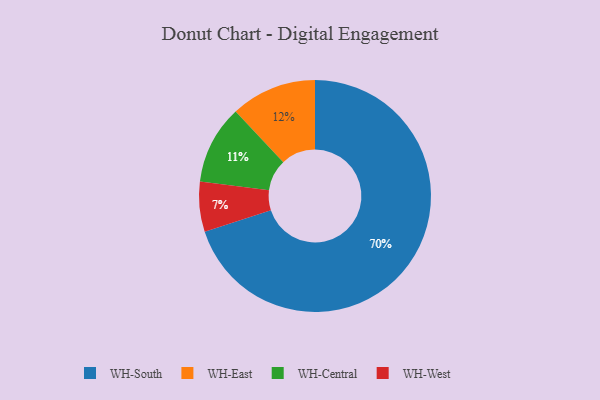
{"axis": {"x": "Category", "y": "Percentage"}, "legend": ["WH-Central", "WH-East", "WH-South", "WH-West"], "data": [{"x": "WH-South", "y": 70, "type": "WH-South"}, {"x": "WH-Central", "y": 11, "type": "WH-Central"}, {"x": "WH-West", "y": 7, "type": "WH-West"}, {"x": "WH-East", "y": 12, "type": "WH-East"}]}